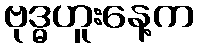
ဗုဒ္ဓဟူးနေ့က